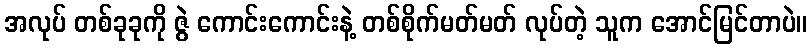
အလုပ် တစ်ခုခုကို ဇွဲ ကောင်းကောင်းနဲ့ တစ်စိုက်မတ်မတ် လုပ်တဲ့ သူက အောင်မြင်တာပဲ။